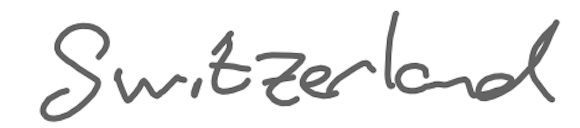
Text: Switzerland
Cross-out: clean
Writing tool: digital_gray